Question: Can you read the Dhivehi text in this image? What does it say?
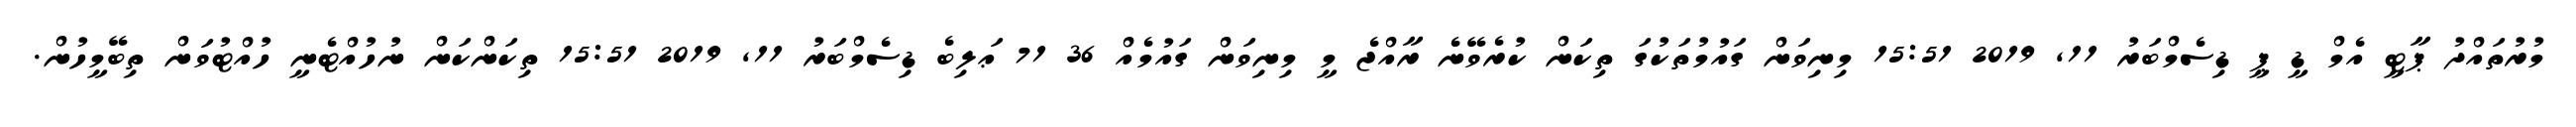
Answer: މުރުތައްދު ޕާޓީ އެމް ޑީ ޕީ ޑިސެމްބަރު 11, 2019 15:51 މިނިވަން ގައުމުތަކުގަ ތިކަން ކުރެވޭނެ ރާއްޖެ މީ މިނިވަން ގައުމެއް 36 71 ޢަލިބެ ޑިސެމްބަރު 11, 2019 15:51 ތިކަންކަން ނުހުއްޓެނީ ހުއްޓުވަން ތިބޭމީހުން.